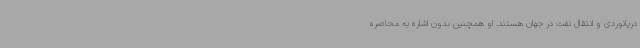
دریانوردی و انتقال نفت در جهان هستند. او همچنین بدون اشاره به محاصره